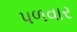
પળવાર